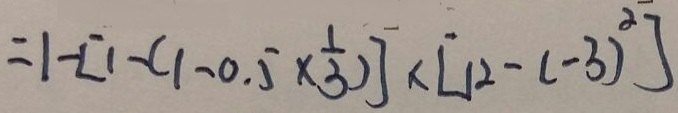
= 1 - [ 1 - ( 1 - 0 . 5 \times \frac { 1 } { 3 } ) ] \times [ 1 2 - ( - 3 ) ^ { 2 } ]